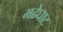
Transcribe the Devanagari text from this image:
मढेघाट